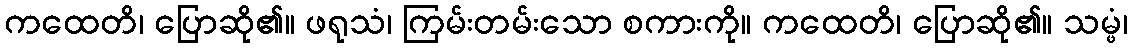
ကထေတိ၊ ပြောဆို၏။ ဖရုသံ၊ ကြမ်းတမ်းသော စကားကို။ ကထေတိ၊ ပြောဆို၏။ သမ္ဖံ၊